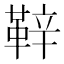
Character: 𮧝